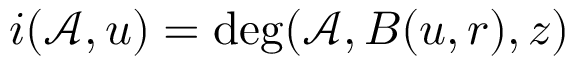
i ( \mathcal { A } , u ) = \deg ( \mathcal { A } , B ( u , r ) , z )